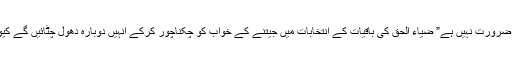
” اور اس کے لئے مجھے انشاء اللہ کہنے کی بھی ضرورت نہیں ہے” ضیاء الحق کی باقیات کے انتخابات میں جیتنے کے خواب کو چکناچور کرکے انہیں دوبارہ دھول چٹائیں گے کیونکہ عوام اب تک انکے ماضی کو نہیں بھولے ہیں۔